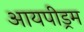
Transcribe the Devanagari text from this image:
आयपीड्रम